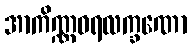
အာကိဏ္ဏဝရလက္ခဏော